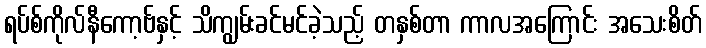
ရပ်စ်ကိုလ်နီကော့ဗ်နှင့် သိကျွမ်းခင်မင်ခဲ့သည့် တနှစ်တာ ကာလအကြောင်း အသေးစိတ်